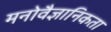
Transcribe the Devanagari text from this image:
मनोवैज्ञानिकता